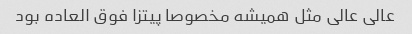
عالی عالی مثل همیشه مخصوصا پیتزا فوق العاده بود